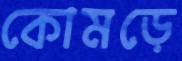
কোমড়ে